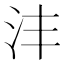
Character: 沣